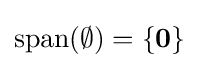
{\text{span}}(\emptyset )=\{\mathbf {0} \}